King Institute of Preventive Medicine Micro-Biological Section reports 1909-11
Year: 1909
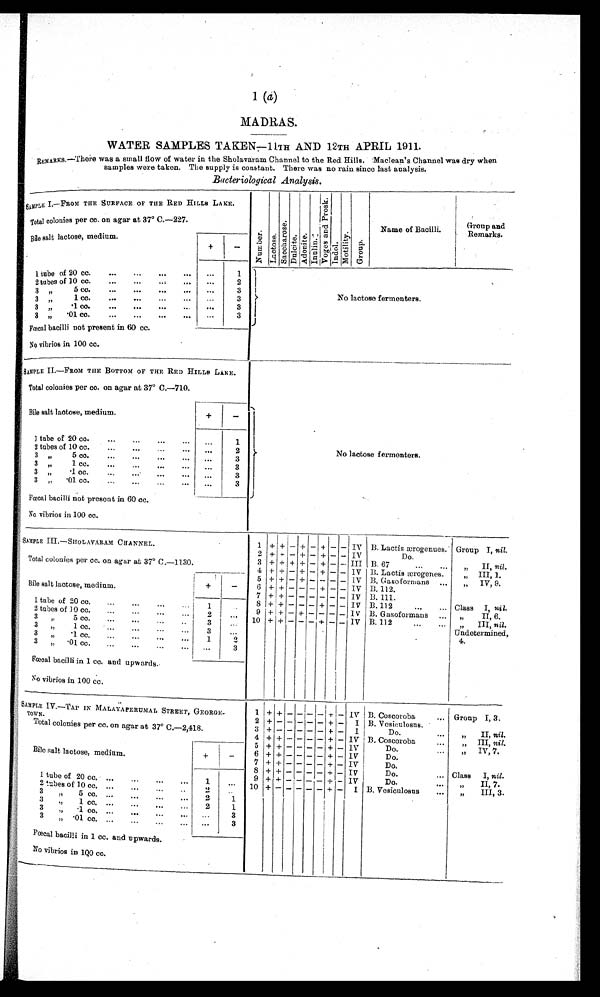
1 (a)
MADRAS.
WATER SAMPLES TAKEN—11TH AND 12TH APRIL 1911.
REMARKS. —There was a small flow of water in the Sholavaram Channel to the Red Hills. Maclean's Channel was dry when
samples were taken. The supply is constant. There was no rain since last analysis.
Bacteriological Analysis.
SAMPLE I.—FROM THE SURFACE OF THE RED HILLS LAKE.
Number.
L a c t o s e . S a c c h a r o s e . D u l c i t e . A d o n i t e . I n u l i n . V o g e s a n d P r o s k .
I n d o l .
M o t i l i t y . G r o u p .
Name of Bacilli.
Group and
Remarks.
Total colonies per cc. on agar at 37° C.—227.
Bile salt lactose, medium.
+
-
1 tube of 20 cc.
...
...
...
. . .
1
No lactose fermenters.
2 tubes of 1.0 cc.
...
...
. . .
2
3 „ 5 cc.
...
...
...
....
. . . .
3
3 „ 1
cc.
...
...
...
...
. . .
3
3 ,, .1
cc.
...
...
...
...
3
3 „ .01 cc.
...
...
...
. . .
3
Fœcal bacilli not present in 60 cc.
No vibrios in 100 cc.
SAMPLE II. —FROM THE BOTTOM OF THE RED HILLS LAKE.
No lactose fermenters.
Total colonies per cc. on agar at 37° C.—710.
Bile salt lactose, medium.
+
-
1 tube of 20 cc.
...
...
. . .
...
1
2 tubes of 10 cc.
...
...
. . .
. . .
2
3 ,, 5 cc.
...
...
...
...
. . .
3
3 „ .1 cc.
...
...
...
. . .
3
3 „ .1 cc.
...
...
. . .
. . .
3
3 „ .01. cc.
...
... . . .
...
3
Fœcal bacilli not present in 60 cc.
No vibrios in 100 cc.
SAMPLE III. —SHOLAVARAM CHANNEL.
1 + + - +
- +
- - IV B. Lactis ærogenues. Group I, nil .
2 + + - +
- +
- - IV
Do.
Total colonies per cc. on agar at 37° C.—1130.
3 + + + +
- +
- - III B. 67
„ I I ,
n i l
.
4 + + - +
- +
- - IV B. Lactis ærogenes.
„ III, 1.
Bile salt lactose, medium.
+
-
5 + + - +
- - - - IV B. Gasoformans ...
„ IV, 9.
6 + + -
- - +
- - IV B. 112.
7 +
+ -
- - - - - IV B. 111.
1 tube of 20 cc.
1
. . .
8 + + -
- - +
- -
I V B. 112
...
Class I, nil.
2 tubes of 10 cc.
...
...
...
2
. . .
9 + + - +
- - - - IV B. Gasoformans
...
„ II, 6.
3 „ 5 cc...
...
...
3
. . . 10 + + -
- - +
- -
I V B. 112
...
...
„ I I I , n i l .
Undetermined,
4.
3 „ 1 cc.
...
...
..
.
3
...
3 „ . 1 c c .
. . .
. . .
. . .
. . .
1
2
3 „ .01 cc.
..
...
...
...
...
3
Fœcal bacilli in 1 cc. and upwards.
No vibrios in 100 cc.
SAMPLE. IV. —TAP IN MALAYAPERUMAL STREET, GEORGE
¬TOWN.
1
+ +
-
-
-
- +
- IV B. Coscoroba
... Group I, 3.
2
+ -
- - -
- +
- I B. Vesiculosus.
Total colonies per cc. on agar at 37° C.—2,418.
3
+ -
- - -
- +
- I
Do.
„ I I
ni l .
4 + +
- - -
- +
- IV B. Coscoroba
„ I I I ,n
i l .
Bile salt lactose, medium.
+
-
5 + +
- - -
- +
- IV
Do.
...
„ I V , 7
6 + +
- - -
- +
- IV
Do.
„
7 + +
- - -
- +
- IV
Do.
1 tube of 20 cc.
1
. . .
8 + +
- - -
- +
- IV
Do.
... Class I, nil.
9 + +
- - -
- +
- IV
Do.
„ I I , 7
.
2 tubes of 10 cc. ...
...
. . .
2
. . .
10
+ -
- - -
- +
- I B. Vesiculosus
...
,, III, 3.
3 „ 5 cc. ...
...
...
. . .
2
1
3 „ 1 cc. ...
...
...
...
2
1
3 „ .1 cc. ...
...
...
. . .
. . .
3
3 „ .01 cc. ...
...
...
. . .
. . .
3
Fœcal bacilli in 1 cc. and upwards.
No vibrios in 100 cc.